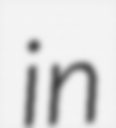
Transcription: in